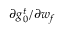
\partial g _ { 0 } ^ { t } / \partial w _ { f }